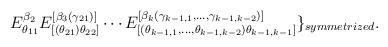
LaTeX: \begin{align*}E_{\theta_{11}}^{\beta_{2}}E_{[(\theta_{21})\theta_{22}]}^{[\beta_{3}(\gamma_{21})]}\cdots E_{[(\theta_{k-1,1},\ldots,\theta_{k-1,k-2})\theta_{k-1,k-1}]}^{[\beta_{k}(\gamma_{k-1,1},\ldots,\gamma_{k-1,k-2})]}\}_{symmetrized}.\end{align*}